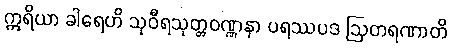
ဣရိယာ ခါရေဟိ သုဝီရသုတ္တဝဏ္ဏနာ ပရဿပဒ ဩတရဏာတိ